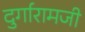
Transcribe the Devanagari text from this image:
दुर्गारामजी